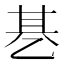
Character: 㐞